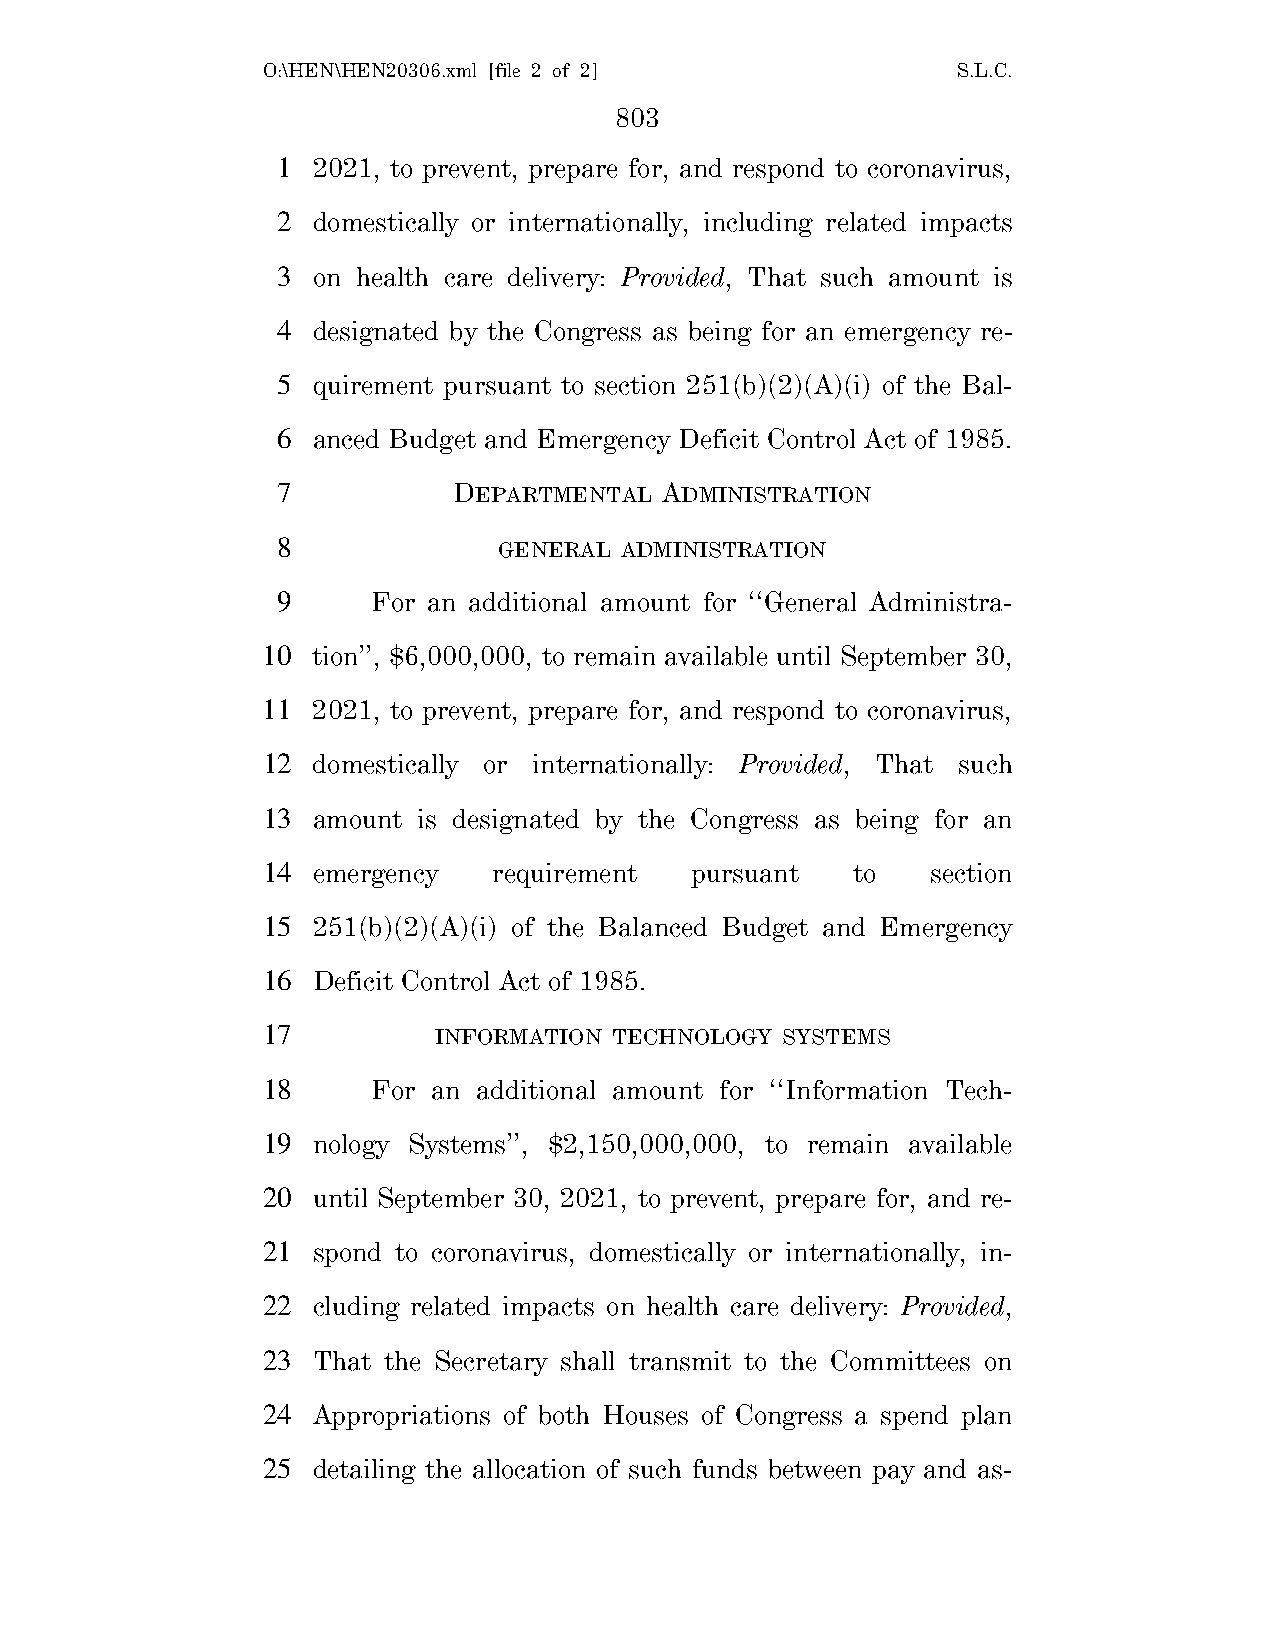
O:\HEN\HEN20306.xml [file 2 of 2]             S.L.C.
 803
 1  2021, to prevent, prepare for, and respond to coronavirus,
 2  domestically or internationally, including related impacts
 3  on health care delivery: Provided, That such amount is
 4  designated by the Congress as being for an emergency re-
 5  quirement pursuant to section 251(b)(2)(A)(i) of the Bal-
 6  anced Budget and Emergency Deficit Control Act of 1985.
 7           DEPARTMENTAL  ADMINISTRATION
 8              GENERAL ADMINISTRATION
 9      For an additional amount for ‘‘General Administra-
 10  tion’’, $6,000,000, to remain available until September 30,
 11  2021, to prevent, prepare for, and respond to coronavirus,
 12  domestically or internationally: Provided, That such
 13  amount is designated by the Congress as being for an
 14  emergency   requirement  pursuant  to    section
 15  251(b)(2)(A)(i) of the Balanced Budget and Emergency
 16  Deficit Control Act of 1985.
 17          INFORMATION TECHNOLOGY SYSTEMS
 18      For an additional amount for ‘‘Information Tech-
 19  nology Systems’’, $2,150,000,000, to remain available
 20  until September 30, 2021, to prevent, prepare for, and re-
 21  spond to coronavirus, domestically or internationally, in-
 22  cluding related impacts on health care delivery: Provided,
 23  That the Secretary shall transmit to the Committees on
 24  Appropriations of both Houses of Congress a spend plan
 25  detailing the allocation of such funds between pay and as-